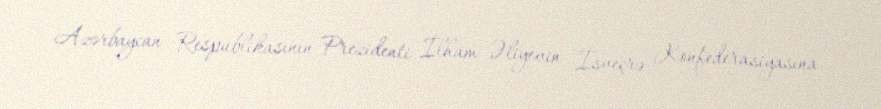
Azərbaycan Respublikasının Prezidenti İlham Əliyevin İsveçrə Konfederasiyasına